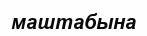
маштабына